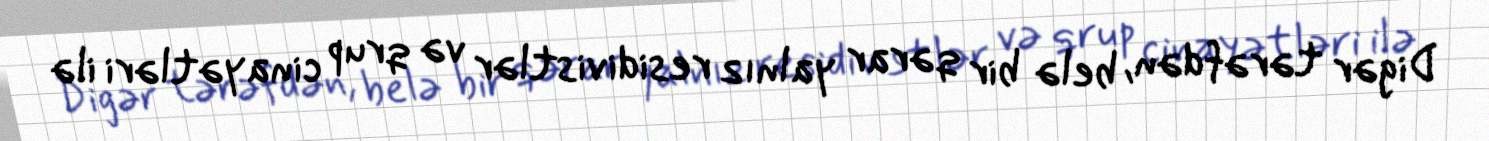
Digər tərəfdən, belə bir qərar yalnız residivistlər və qrup cinayətləri ilə